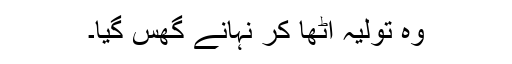
وہ تولیہ اٹھا کر نہانے گھس گیا۔